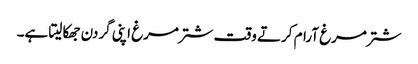
شترمرغ آرام کرتے وقت شترمرغ اپنی گردن جھکا لیتا ہے۔